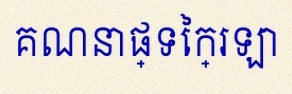
គណនាផ្ទៃក្រឡា